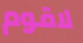
لاقوم